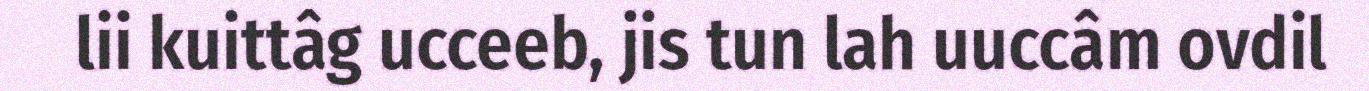
lii kuittâg ucceeb, jis tun lah uuccâm ovdil